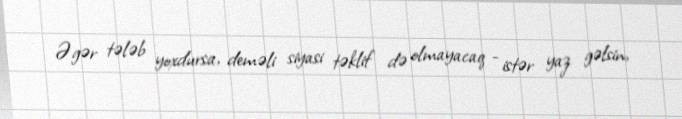
Əgər tələb yoxdursa, deməli siyasi təklif də olmayacaq - istər yaz gəlsin,